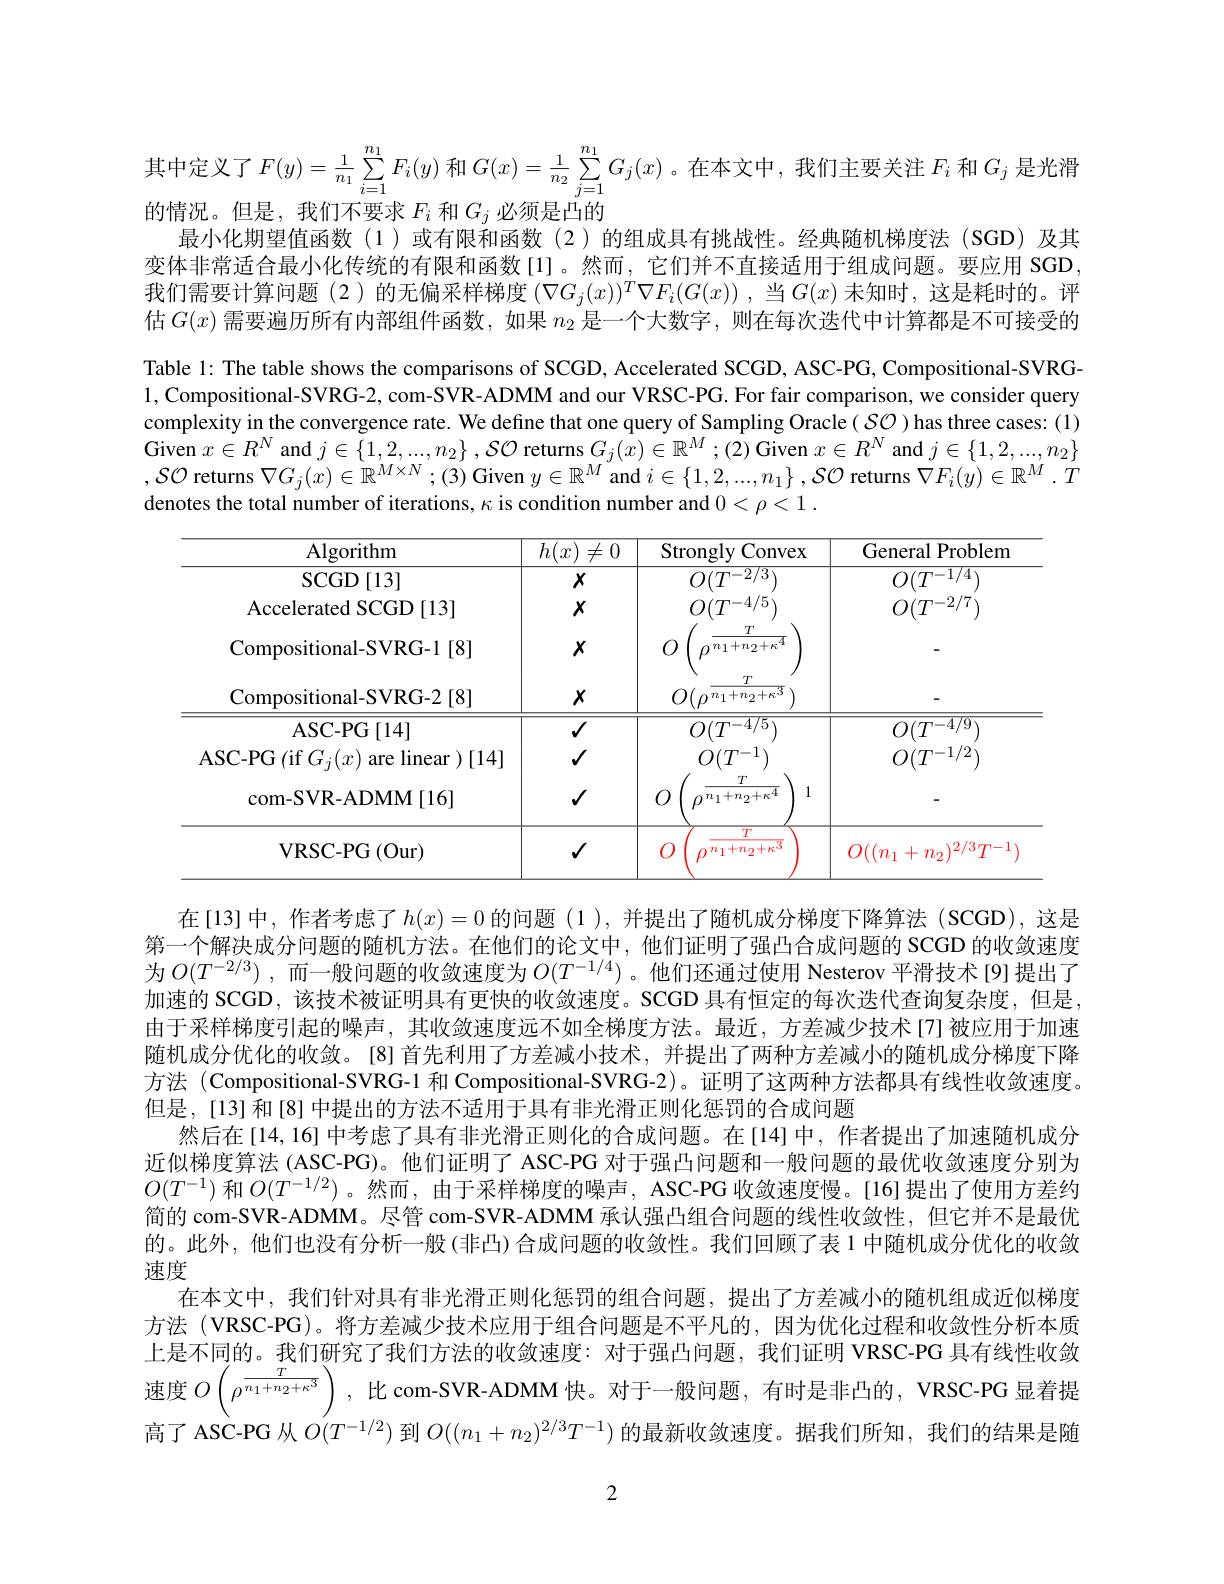
其中定义了$F(y)=\frac1{n_1}\sum_{i=1}^{n_1}F_i(y)$ 和$G(x)=\frac1{n_2}\sum_{j=1}^{n_1}G_j(x)$。在本文中，我们主要关注 $F_i$ 和$G_j$ 是光滑
的情况。但是，我们不要求$F_i$和$G_j$必须是凸的
最小化期望值函数(1)或有限和函数(2)的组成具有挑战性。经典随机梯度法(SGD)及其变体非常适合最小化传统的有限和函数[1]。然而，它们并不直接适用于组成问题。要应用 SGD 我们需要计算问题(2)的无偏采样梯度$\left(\nabla G_j(x)\right)^T\nabla F_i(G(x))$,当$G(x)$ 未知时，这是耗时的。评估$G(x)$需要遍历所有内部组件函数，如果$n_2$是一个大数字，则在每次迭代中计算都是不可接受的Table 1: The table shows the comparisons of SCGD, Accelerated SCGD, ASC-PG, Compositional-SVRG- 1, Compositional-SVRG-2, com-SVR-ADMM and our VRSC-PG. For fair comparison, we consider query complexity in the convergence rate. We define that one query of Sampling Oracle( $S\mathcal{O})$ has three cases: (1) Given $x\in R^N$ and $j\in\{1,2,...,n_2\},\mathcal{SO}$ returns $G_j(x)\in\mathbb{R}^M;(2)$ Given $x\in R^N$ and $j\in\{1,2,...,n_2\}$ $,\mathcal{SO}$ returns $\nabla G_j(x)\in\mathbb{R}^M\times N$ ; (3) Given $y\in\mathbb{R}^M$ and $i\in\left\{1,2,...,n_1\right\},\mathcal{SO}$ returns $\nabla F_i(y)\in\mathbb{R}^M.T$ denotes the total number of iterations, $\kappa$ is condition number and $0<\rho<1.$

<table>
	<tbody>
		<tr>
			<th>$\operatorname{Algorithm}$</th>
			<th>$h(x)$ $\neq$ 0</th>
			<th>Strongly ${\mathbf{v}}$Convex</th>
			<th>General Problem</th>
		</tr>
		<tr>
			<td>$\operatorname{SCGD}\left[13\right]$</td>
			<td>$X$</td>
			<td>$O(T^{-2/3}$</td>
			<td>$O(T^{-1/4}$</td>
		</tr>
		<tr>
			<td>Accelerated SCGD [13]</td>
			<td>$X$</td>
			<td>$O(T^{-4/5}$</td>
			<td>$O(T^{-2/7})$</td>
		</tr>
		<tr>
			<td>Compositional- SVRG- 1[8]</td>
			<td>$X$</td>
			<td>$n_{1}+n_{2}+\kappa^{4}$ 10</td>
			<td> </td>
		</tr>
		<tr>
			<td>Compositional- SVRG- 2 [ 8] </td>
			<td>$X$</td>
			<td>T $O(\rho^{\overline{n_{1}+n_{2}+\kappa^{3}}}$</td>
			<td> </td>
		</tr>
		<tr>
			<td>${\mathrm{ASC-PG}[14]}$ ASC- PG ( if $G_{j}( x)$ are linear )[14]</td>
			<td>$√$ $√$</td>
			<td>$O(T^{-4/5})$ $O(T^{-1})$</td>
			<td>$O(T^{-4/9})$ $O(T^{-1/2}$</td>
		</tr>
		<tr>
			<td>com- SVR- ADMM [ 16] </td>
			<td>$√$</td>
			<td>$T$ 1 $\rho$ $\eta^{n_{1}+n_{2}+\kappa^{4}}$</td>
			<td> </td>
		</tr>
		<tr>
			<td>VRSC- PG$\left ( \mathrm{Our}\right )$</td>
			<td>$√$</td>
			<td>$T$ $n_1+n_2+\kappa^3$</td>
			<td>$O((n_1+n_2)^{2/3}T^{-1}$</td>
		</tr>
	</tbody>
</table>

在[13]中，作者考虑了$h(x)=0$ 的问题(1),并提出了随机成分梯度下降算法(SCGD),这是第一个解决成分问题的随机方法。在他们的论文中，他们证明了强凸合成问题的 SCGD 的收敛速度为$O(T^{-2/3})$ ,而一般问题的收敛速度为$O(T^{-1/4})$ 。他们还通过使用 Nesterov 平滑技术[9]提出了加速的 SCGD , 该技术被证明具有更快的收敛速度。SCGD 具有恒定的每次迭代查询复杂度，但是由于采样梯度引起的噪声，其收敛速度远不如全梯度方法。最近，方差减少技术[7]被应用于加速随机成分优化的收敛。[8] 首先利用了方差减小技术，并提出了两种方差减小的随机成分梯度下降方法 (Compositional-SVRG-1 和 Compositional-SVRG-2)。证明了这两种方法都具有线性收敛速度。但是，[13]和[8]中提出的方法不适用于具有非光滑正则化惩罚的合成问题
然后在[14,16] 中考虑了具有非光滑正则化的合成问题。在[14]中，作者提出了加速随机成分近似梯度算法 (ASC-PG)。他们证明了 ASC-PG 对于强凸问题和一般问题的最优收敛速度分别为$O(T^{-1})$和$O(T^{-1/2})$。然而，由于采样梯度的噪声，ASC-PG 收敛速度慢。[16]提出了使用方差约简的 com-SVR-ADMM。尽管 com-SVR-ADMM 承认强凸组合问题的线性收敛性，但它并不是最优的。此外，他们也没有分析一般(非凸)合成问题的收敛性。我们回顾了表 1 中随机成分优化的收敛速度
在本文中，我们针对具有非光滑正则化惩罚的组合问题，提出了方差减小的随机组成近似梯度方法 (VRSC-PG)。将方差减少技术应用于组合问题是不平凡的，因为优化过程和收敛性分析本质上是不同的。我们研究了我们方法的收敛速度：对于强凸问题，我们证明 VRSC-PG 具有线性收敛速度$O\left(\rho^{\frac T{n_1+n_2+\kappa^3}}\right)$,比 com-SVR-ADMM 快。对于一般问题，有时是非凸的，VRSC-PG 显着提高了 ASC-PG 从$O(T^{-1/2})$到$O((n_1+n_2)^{2/3}T^{-1})$的最新收敛速度。据我们所知，我们的结果是随

2